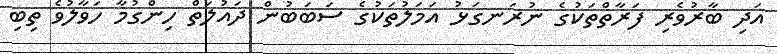
އަދި ބާރުވެރި ފަރާތްތަކުގެ ނުރަނގަޅު އަމަލުތަކުގެ ސަބަބުން ދައުލަތް ހިންގުމާ ހަވާލުވެ ތިބި